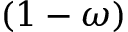
( 1 - \omega )